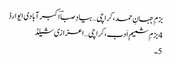
بزمِ جہانِ حمد،کراچی… بیادِ صباؔ اکبر آبادی ایوارڈ
4 بزمِ شمیمِ اَدب،کراچی… اعزازی شیلڈ
5۔